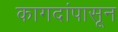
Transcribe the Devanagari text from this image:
कागदांपासून